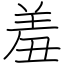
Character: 羞